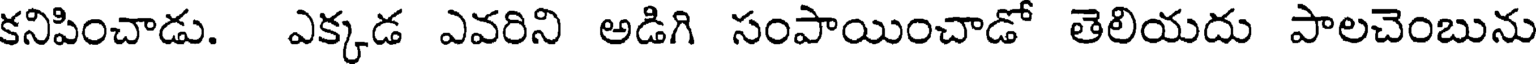
కనిపించాడు. ఎక్కడ ఎవరిని అడిగి సంపాయించాడో తెలియదు పాలచెంబును